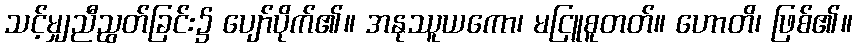
သင့်မျှညီညွတ်ခြင်း၌ ပျော်ပိုက်၏။ အနုဿူယကော၊ မငြူစူတတ်။ ဟောတိ၊ ဖြစ်၏။